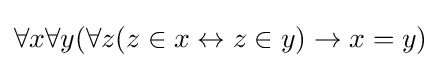
\forall x\forall y(\forall z(z\in x\leftrightarrow z\in y)\to x=y)